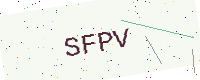
Text: SFPV